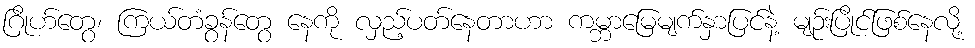
ဂြိုဟ်တွေ၊ ကြယ်တံခွန်တွေ နေကို လှည့်ပတ်နေတာဟာ ကမ္ဘာမြေမျက်နှာပြင်နဲ့ မျဉ်းပြိုင်ဖြစ်နေလို့